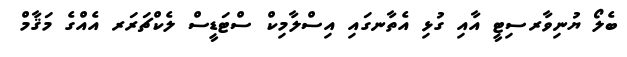
ބެލޯ ޔުނިވާރސިޓީ އާއި ގުޅި އެތާނގައި އިސްލާމިކް ސްޓަޑީސް ލެކްޗަރަރ އެއްގެ މަޤާމް